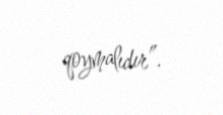
qoymalıdır”.